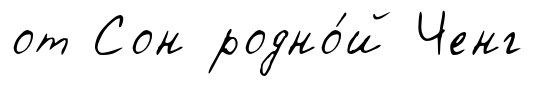
от Сон родно́й Ченг